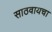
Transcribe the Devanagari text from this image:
साठवायचा